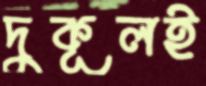
দুকূলই